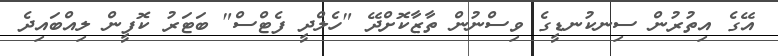
އޭގެ އިތުރުން ސިނކުނޑީގެ ވިސްނުން ތާޒާކޮށްދޭ "ހެލްދީ ފެޓްސް" ބަޓަރު ކޮފީން ލިއްބައިދެ